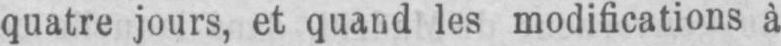
quatre jours, et quand les modifications à